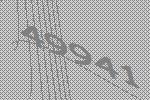
49941